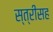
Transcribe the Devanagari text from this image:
स्त्रीसह